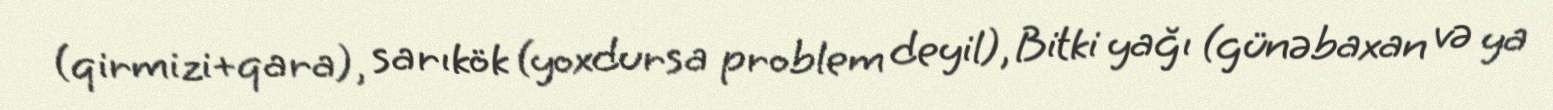
(qirmizi+qara), sarıkök (yoxdursa problem deyil), Bitki yağı (günəbaxan və ya